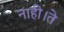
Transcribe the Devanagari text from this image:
नाही।ते